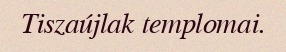
Tiszaújlak templomai.